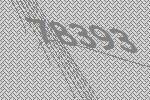
78393